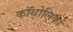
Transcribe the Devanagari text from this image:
कॉथोलिकों